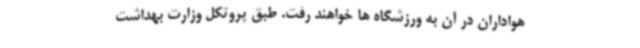
هواداران در آن به ورزشگاه ها خواهند رفت. طبق پروتکل وزارت بهداشت